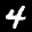
Label: 4